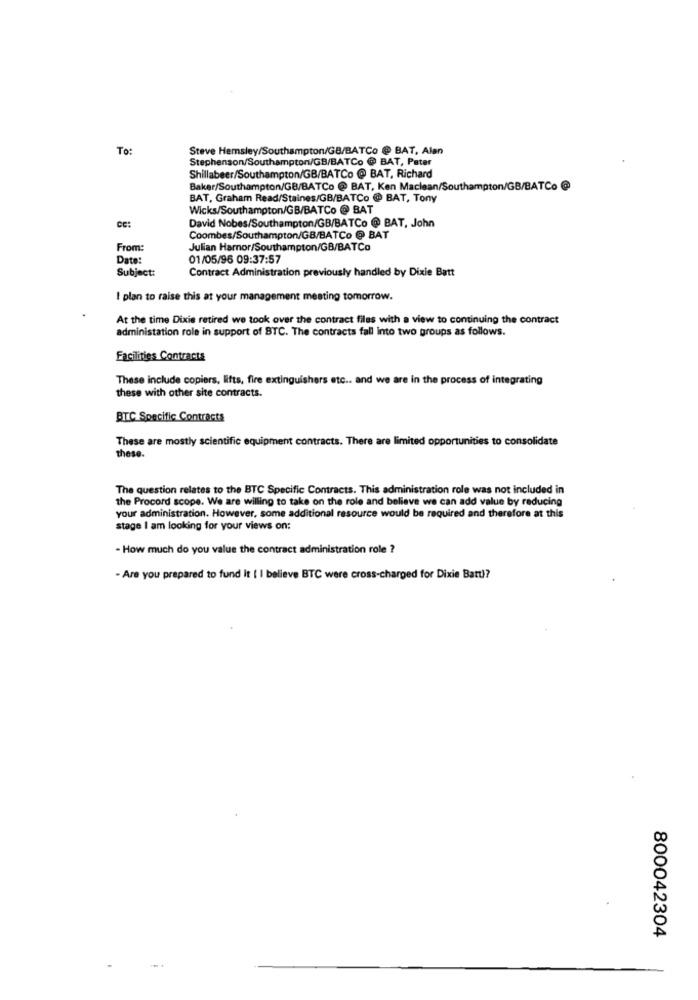
To:
Steve Hemsley/Southampton/GB/BATCo @ BAT, Alan
Stephenson/Southampton/GB/BATCo @ BAT, Pater
Shillabeer/Southampton/GB/BATCo @ BAT, Richard
Baker/Southampton/GB/BATCo @ BAT, Ken Maclean/Southampton/GB/BATCo @
BAT, Graham Read/Staines/GB/BATCo @ BAT, Tony
Wicks/Southampton/GB/BATCo @ BAT
David Nobes/Southampton/GB/BATCo @ BAT, John
CC:
Coombes/Southampton/GB/BATCo @ BAT
From:
Julian Harnor/Southampton/GB/BATCo
Date:
01/05/96 09:37:57
Subject:
Contract Administration previously handled by Dixie Batt
I plan to raise this at your management meeting tomorrow.
At the time Dixie retired we took over the contract files with a view to continuing the contract
administation role in support of BTC. The contracts fall into two groups as follows.
Facilities Contracts
These include copiers, lifts, fire extinguishers etc .. and we are in the process of integrating
these with other site contracts.
BTC Specific Contracts
These are mostly scientific equipment contracts. There are limited opportunities to consolidate
these.
The question relates to the BTC Specific Contracts. This administration role was not included in
the Procord scope. We are willing to take on the role and believe we can add value by reducing
your administration. However, some additional resource would be required and therefore at this
stage I am looking for your views on:
- How much do you value the contract administration role ?
- Are you prepared to fund it [ I believe BTC were cross-charged for Dixie Batt)?
800042304